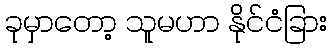
ခုမှာတော့ သူမဟာ နိုင်ငံခြား